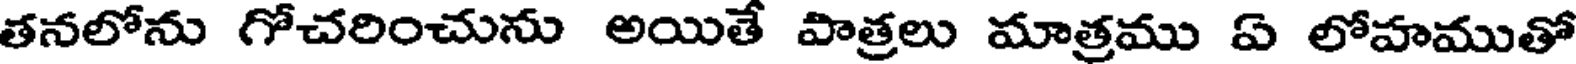
తనలోను గోచరించును అయితే పాత్రలు మాత్రము ఏ లోహముతో